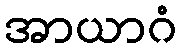
အာယာဂံ